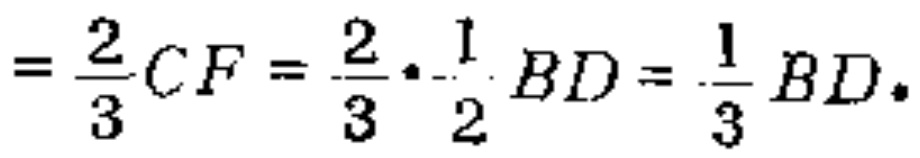
$=\frac{2}{3}CF=\frac{2}{3}\cdot\frac{1}{2}BD=\frac{1}{3}BD.$